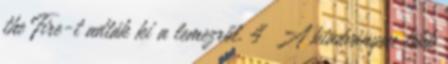
the Fire-t adták ki a lemezről. 4 A kiadványon több